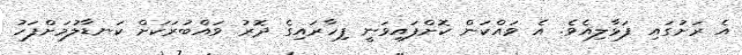
އެ ރަށުގައި ފަޅާލިއެވެ. އެ ވައްކަން ކޮށްފައިވަނީ ފިހާރައިގެ ދޮރު ވައްބުރަކަށް ކަނޑާލުމަށްފަހު